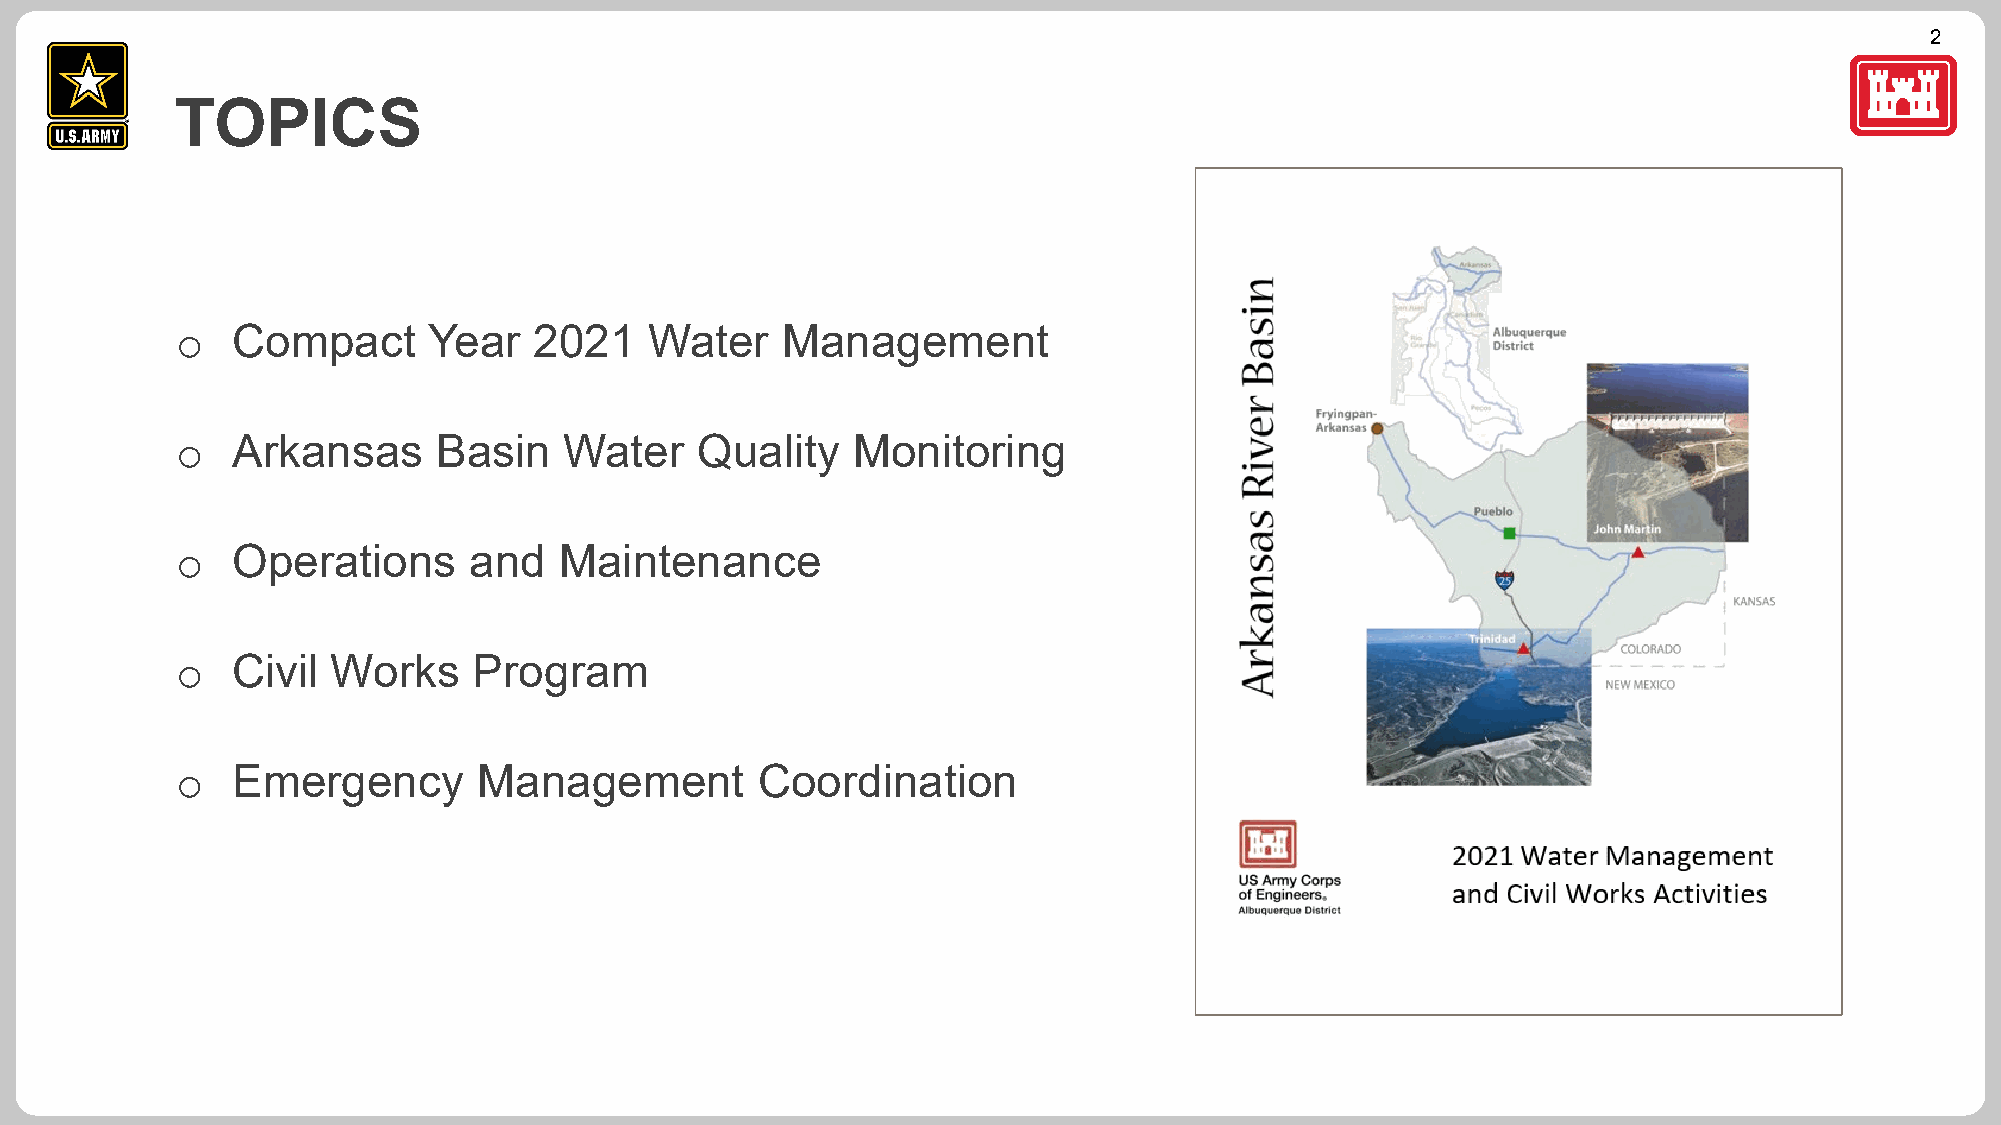
2
 TOPICS
 Compact      Year   2021    Water    Management
 o
 Arkansas      Basin   Water    Quality   Monitoring
 o
 Operations      and   Maintenance
 o
 Civil  Works    Program
 o
 Emergency        Management        Coordination
 o